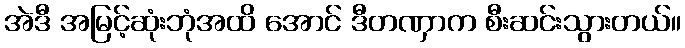
အဲဒီ အမြင့်ဆုံးဘုံအထိ အောင် ဒီတဏှာက စီးဆင်းသွားတယ်။